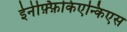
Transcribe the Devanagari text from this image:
ईनेफ़्फ़िकिएन्किएस